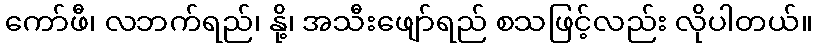
ကော်ဖီ၊ လဘက်ရည်၊ နို့၊ အသီးဖျော်ရည် စသဖြင့်လည်း လိုပါတယ်။